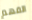
الفهم